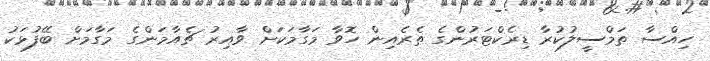
ހިއްސާ ތަމްސީލުކުރާ ޑިރެކްޓަރުންގެ ތެރެއިން ހޮވާ މަގާމަކަށް ވާއިރު ޗެއާމަންގެ މަގާމަށް ބޭފުޅަކު